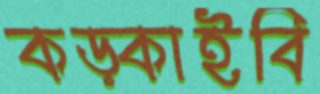
কড়্‌কাইবি